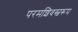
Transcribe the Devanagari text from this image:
परमशिवस्वरूप